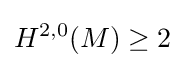
H^{2,0}(M)\geq 2